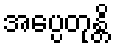
အပ္ပေတုန္တိ